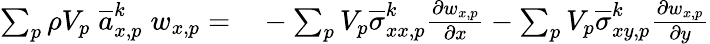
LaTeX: \begin{array}{rl}{\sum_{p}\rho V_{p}\; \overline{{a}}_{x,p}^{k}\; w_{x,p}=}&{{}-\sum_{p}V_{p}\overline{{\sigma}}_{xx,p}^{k}\frac{\partial w_{x,p}}{\partial x}-\sum_{p}V_{p}\overline{{\sigma}}_{xy,p}^{k}\frac{\partial w_{x,p}}{\partial y}}\end{array}